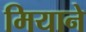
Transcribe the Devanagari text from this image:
मियाने